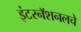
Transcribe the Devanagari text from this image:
इंटरनॅशनलचे